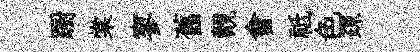
蹰棠寥舊覿會祗色疎